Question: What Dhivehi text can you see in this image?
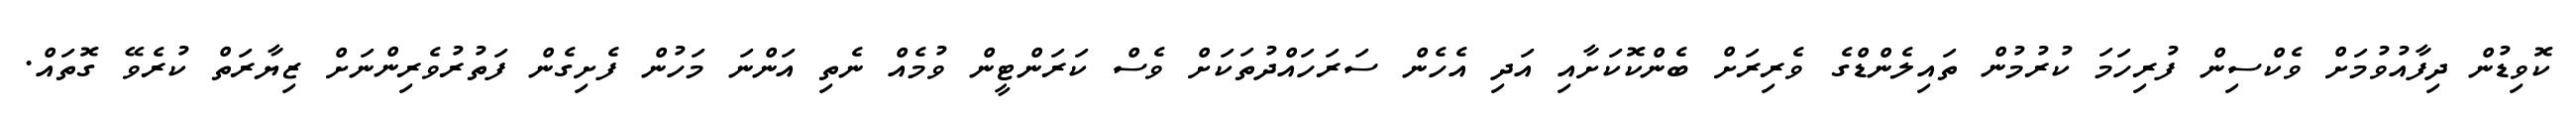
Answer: ކޮވިޑުން ދިފާއުވުމަށް ވެކްސިން ފުރިހަމަ ކުރުމުން ތައިލެންޑްގެ ވެރިރަށް ބެންކޮކަށާއި އަދި އެހެން ސަރަހައްދުތަކަށް ވެސް ކަރަންޓީން ވުމެއް ނެތި އަންނަ މަހުން ފެށިގެން ފަތުރުވެރިންނަށް ޒިޔާރަތް ކުރެވޭ ގޮތައް.